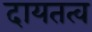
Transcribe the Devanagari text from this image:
दायतत्व